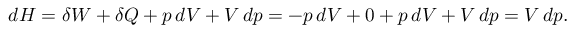
d H = \delta W + \delta Q + p \, d V + V \, d p = - p \, d V + 0 + p \, d V + V \, d p = V \, d p .